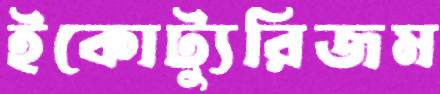
ইকোট্যুরিজম